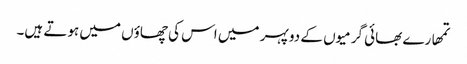
تمھارے بھائی گرمیوں کے دو پہر میں اس کی چھاؤں میں ہوتے ہیں۔